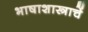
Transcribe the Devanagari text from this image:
भाषाशास्त्राचें